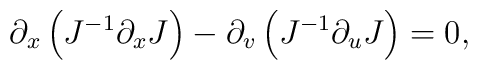
\partial_x\left(J^{-1}\partial_xJ\right)-\partial_v\left(J^{-1}\partial_uJ\right)=0,